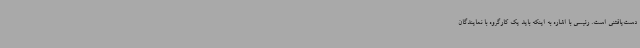
دست‌یافتنی است. رئیسی با اشاره به اینکه باید یک کارگروه با نمایندگان